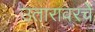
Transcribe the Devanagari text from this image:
उतारावरचे